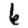
Digit: 6